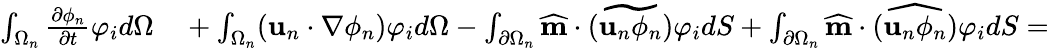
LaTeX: \begin{array}{rl}{\int_{\Omega_{n}}\frac{\partial\phi_{n}}{\partial t}\varphi_{i}d\Omega}&{{}+\int_{\Omega_{n}}(\textbf{u}_{n}\cdot\nabla\phi_{n})\varphi_{i}d\Omega-\int_{\partial\Omega_{n}}\widehat{\textbf{m}}\cdot\widetilde{(\textbf{u}_{n}\phi_{n})}\varphi_{i}dS+\int_{\partial\Omega_{n}}\widehat{\textbf{m}}\cdot\widehat{(\textbf{u}_{n}\phi_{n})}\varphi_{i}dS=}\end{array}